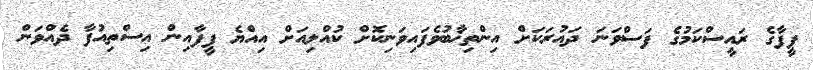
ފީފާގެ ރައީސްކަމުގެ ފަސްވަނަ ދައުރަކަށް އިންތިޚާބުވެފައިވަނިކޮށް ކުއްލިއަށް އިއްޔެ ފީފާއިން އިސްތިއުފާ ދެއްވަން